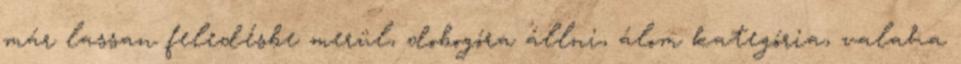
már lassan feledésbe merül, dobogóra állni, álom kategória, valaha